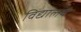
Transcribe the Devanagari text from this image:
विद्यालयैं